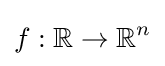
f:\mathbb {R} \rightarrow \mathbb {R} ^{n}